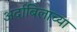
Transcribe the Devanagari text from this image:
अर्दाबिलाच्या